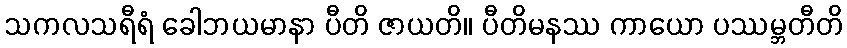
သကလသရီရံ ခေါဘယမာနာ ပီတိ ဇာယတိ။ ပီတိမနဿ ကာယော ပဿမ္ဘတီတိ